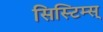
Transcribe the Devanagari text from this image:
सिस्टिम्स्